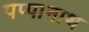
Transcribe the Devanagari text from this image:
पप्पानाथ